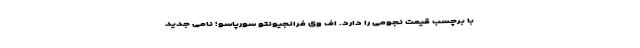
با برچسب قیمت نجومی را دارد. اف وی فرانجیوِنتو سورپاسو؛ نامی جدید